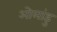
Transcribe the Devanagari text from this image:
ओलांडु